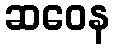
ဆဝေန